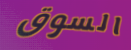
السوق